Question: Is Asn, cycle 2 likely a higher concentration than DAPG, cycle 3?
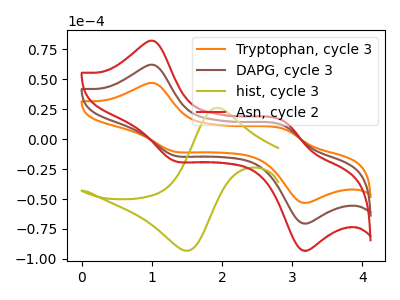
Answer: <think>The orange curve "Tryptophan, cycle 3" has anodic peaks at (1.05V, 124.10uA) (2.90V, 22.50uA) and cathodic peaks at (1.30V, -27.25uA) (3.15V, -140.00uA). The brown curve "DAPG, cycle 3" has anodic peaks at (1.05V, 62.05uA) (2.90V, 11.25uA) and cathodic peaks at (1.30V, -13.65uA) (3.15V, -70.00uA). The olive curve "hist, cycle 3" has an anodic peak at (1.95V, 26.25uA) and a cathodic peak at (1.50V, -93.15uA). The red curve "Asn, cycle 2" has anodic peaks at (1.05V, 82.05uA) (2.90V, 14.85uA) and cathodic peaks at (1.30V, -18.05uA) (3.15V, -92.60uA).
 All the peaks in "Asn, cycle 2" have a peak in "DAPG, cycle 3" at the same potential. Every peak in "Asn, cycle 2" is higher than every peak in "DAPG, cycle 3".</think>
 <answer>"Asn, cycle 2" has more signal than "DAPG, cycle 3".</answer>
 <eval>more_signal</eval>